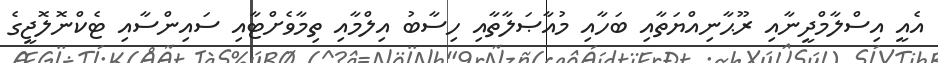
އެއީ އިސްލާމްދީނާއި ރޫޙާނިއްޔަތާއި ބަހާއި މުއާޞަލާތާއި ހިސާބު އިލްމާއި ތިމާވެށްޓާއި ސައިންސާއި ޓެކްނޮލޮޖީގެ